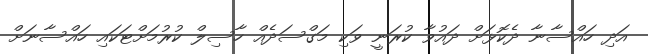
އަދި ހައްސާނާ ދެކޮޅަށް ދައުވާ ކުރަނީ ވަކި މަގްސަދެއް ހާސިލް ކުރުމަށްޓަކައި ހައްސާނަށް